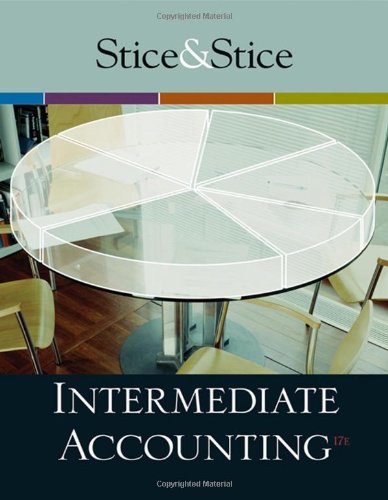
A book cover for Intermediate Accounting (Available Titles CengageNOW); James D. Stice; Business & Money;